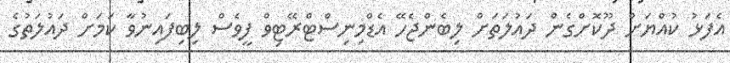
އެފަޅު ކުއްޔަށް ދޫކޮށްގެން ދައުލަތަށް ލިބެންޖެހޭ އެޑްމިނިސްޓްރޭޓިވް ފީވެސް ލިބިފައިނުވާ ކަމަށް ދައުލަތުގެ